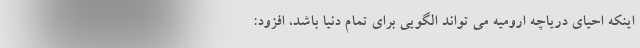
اینکه احیای دریاچه ارومیه می تواند الگویی برای تمام دنیا باشد، افزود: